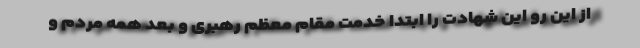
از این رو این شهادت را ابتدا خدمت مقام معظم رهبری و بعد همه مردم و